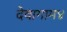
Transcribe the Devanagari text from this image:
देवागाम४